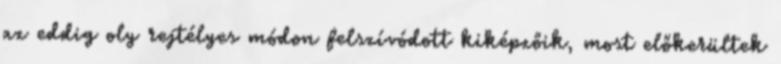
az eddig oly rejtélyes módon felszívódott kiképzőik, most előkerültek